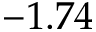
- 1 . 7 4